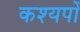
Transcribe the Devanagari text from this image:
कश्यपों